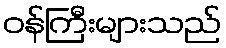
ဝန်ကြီးများသည်